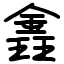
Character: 錱